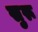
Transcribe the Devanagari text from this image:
सुरू